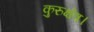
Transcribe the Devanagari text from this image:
कुरुक्षेत्र।